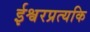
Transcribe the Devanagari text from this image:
ईश्वरप्रत्यकि